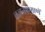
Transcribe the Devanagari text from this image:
वजनाप्रमाणें